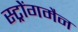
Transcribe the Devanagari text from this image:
स्ट्रोंगमैन